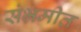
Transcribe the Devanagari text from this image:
संभ्रमीत